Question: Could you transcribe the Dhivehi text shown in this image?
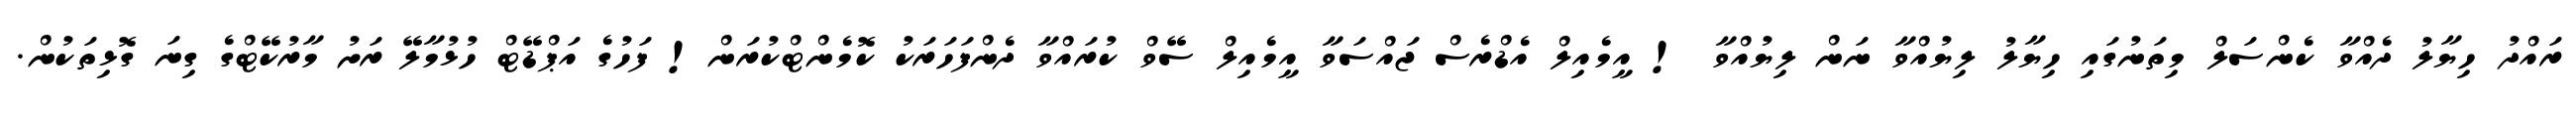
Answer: ރައްދު ހިޔާލު ދެއްވާ ކެންސަލް މިތަނުގައި ހިޔާލު ލިޔުއްވާ ނަން ލިޔުއްވާ ! އީމެއިލް އެޑްރެސް ޖައްސަވާ އީމެއިލް ސޭވް ކުރައްވާ ދެންފަހަރަކު ކޮމެންޓްކުރަން! ފަހުގެ އަޕްޑޭޓް ހުޅުމާލޭ ރަށު މާރުކޭޓްގެ ގިނަ ގޮޅިތަކުން.